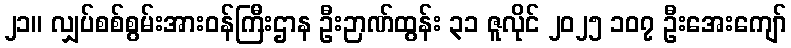
၂၁။ လျှပ်စစ်စွမ်းအားဝန်ကြီးဌာန ဦးဉာဏ်ထွန်း ၃၁ ဇူလိုင် ၂၀၂၅ ၁၀၇ ဦးအေးကျော်